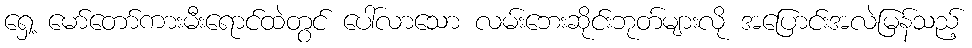
ရှေ့ မော်တော်ကားမီးရောင်ထဲတွင် ပေါ်လာသော လမ်းဘေးဆိုင်းဘုတ်များလို အပြောင်းအလဲမြန်သည့်